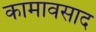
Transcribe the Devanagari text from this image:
कामावसाद